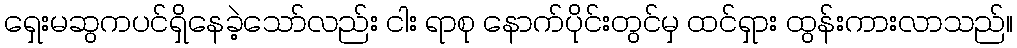
ရှေးမဆွကပင်ရှိနေခဲ့သော်လည်း ငါး ရာစု နောက်ပိုင်းတွင်မှ ထင်ရှား ထွန်းကားလာသည်။